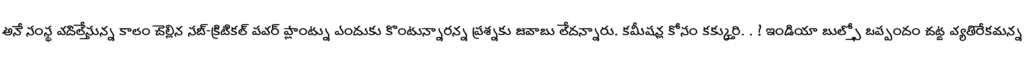
అనే సంస్థ వదిలేస్తున్న కాలం చెల్లిన సబ్-క్రిటికల్ పవర్ ప్లాంట్ను ఎందుకు కొంటున్నారన్న ప్రశ్నకు జవాబు లేదన్నారు. కమీషన్ల కోసం కక్కుర్తి. . ! ఇండియా బుల్స్తో ఒప్పందం చట్ట వ్యతిరేకమన్న